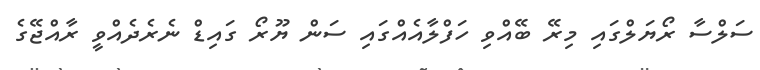
ސަލްސާ ރޯޔަލްގައި މިރޭ ބޭއްވި ހަފްލާއެއްގައި ސަން ޔޫރޯ ގައިޑް ނެރެދެއްވީ ރާއްޖޭގެ